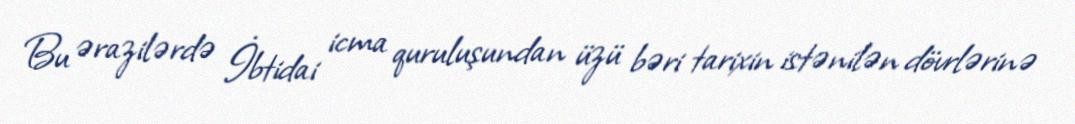
Bu ərazilərdə İbtidai icma quruluşundan üzü bəri tarixin istənilən dövrlərinə